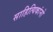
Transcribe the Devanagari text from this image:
साहित्यिकांनो